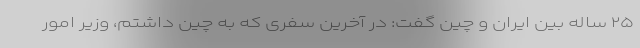
۲۵ ساله بین ایران و چین گفت: در آخرین سفری که به چین داشتم، وزیر امور